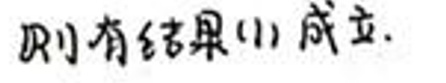
则有结果(1)成立.